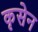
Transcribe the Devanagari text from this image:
कृसेन